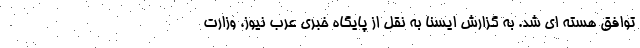
توافق هسته ای شد. به گزارش ایسنا به نقل از پایگاه خبری عرب نیوز، وزارت